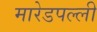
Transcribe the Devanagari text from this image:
मारेडपल्ली